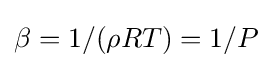
\beta =1/(\rho RT)=1/P